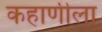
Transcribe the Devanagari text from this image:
कहाणीला